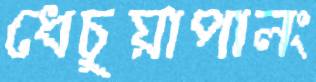
ধেচুয়াপালং